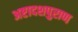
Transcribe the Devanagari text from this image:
अष्टादशपुराण